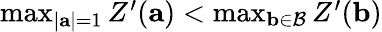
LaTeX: \begin{array}{r}{\operatorname*{max}_{|\mathbf{a}|=1}Z^{\prime}(\mathbf{a})<\operatorname*{max}_{\mathbf{b}\in\mathcal{B}}Z^{\prime}(\mathbf{b})}\end{array}